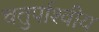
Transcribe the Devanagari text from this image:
चतुर्पाश्वीय